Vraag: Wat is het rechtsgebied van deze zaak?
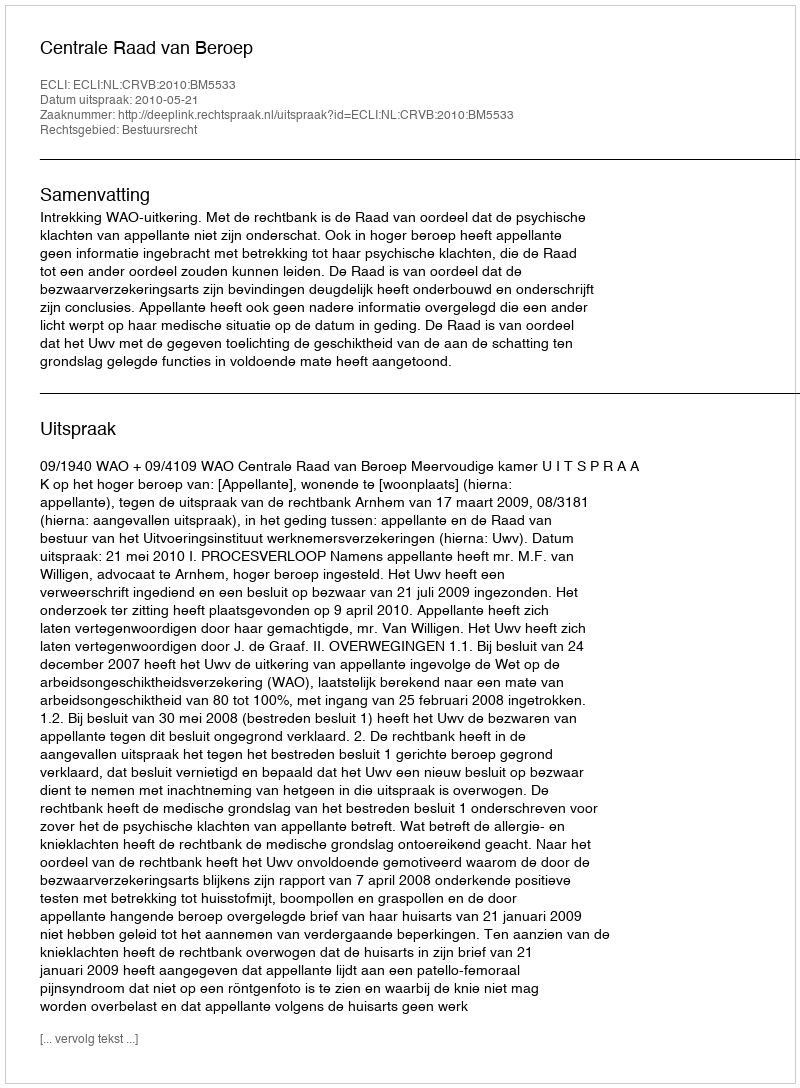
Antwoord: Bestuursrecht